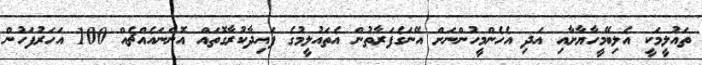
ތައުލީމަކީ އެލިބޭމީހާޔާށާއި އަދި އެހެންމީހުންނަށް އޭނަގެފަރާތުން އެތައުލީމުގެ ފައިދާކުރާގޮތައް އޮންނައެއްޗެއް 100 އަހަރުފަހުން